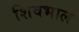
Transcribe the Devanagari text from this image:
शिवभाल